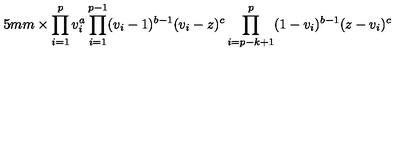
\hspace { 1 5 m m } \times \prod _ { i = 1 } ^ { p } v _ { i } ^ { a } \prod _ { i = 1 } ^ { p - 1 } ( v _ { i } - 1 ) ^ { b - 1 } ( v _ { i } - z ) ^ { c } \prod _ { i = p - k + 1 } ^ { p } ( 1 - v _ { i } ) ^ { b - 1 } ( z - v _ { i } ) ^ { c }